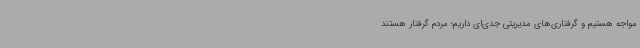
مواجه هستیم و گرفتاری‌های مدیریتی جدی‌ای داریم؛ مردم گرفتار هستند